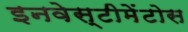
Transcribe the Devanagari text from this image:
इनवेस्टीमेंटोस